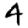
Digit: 4